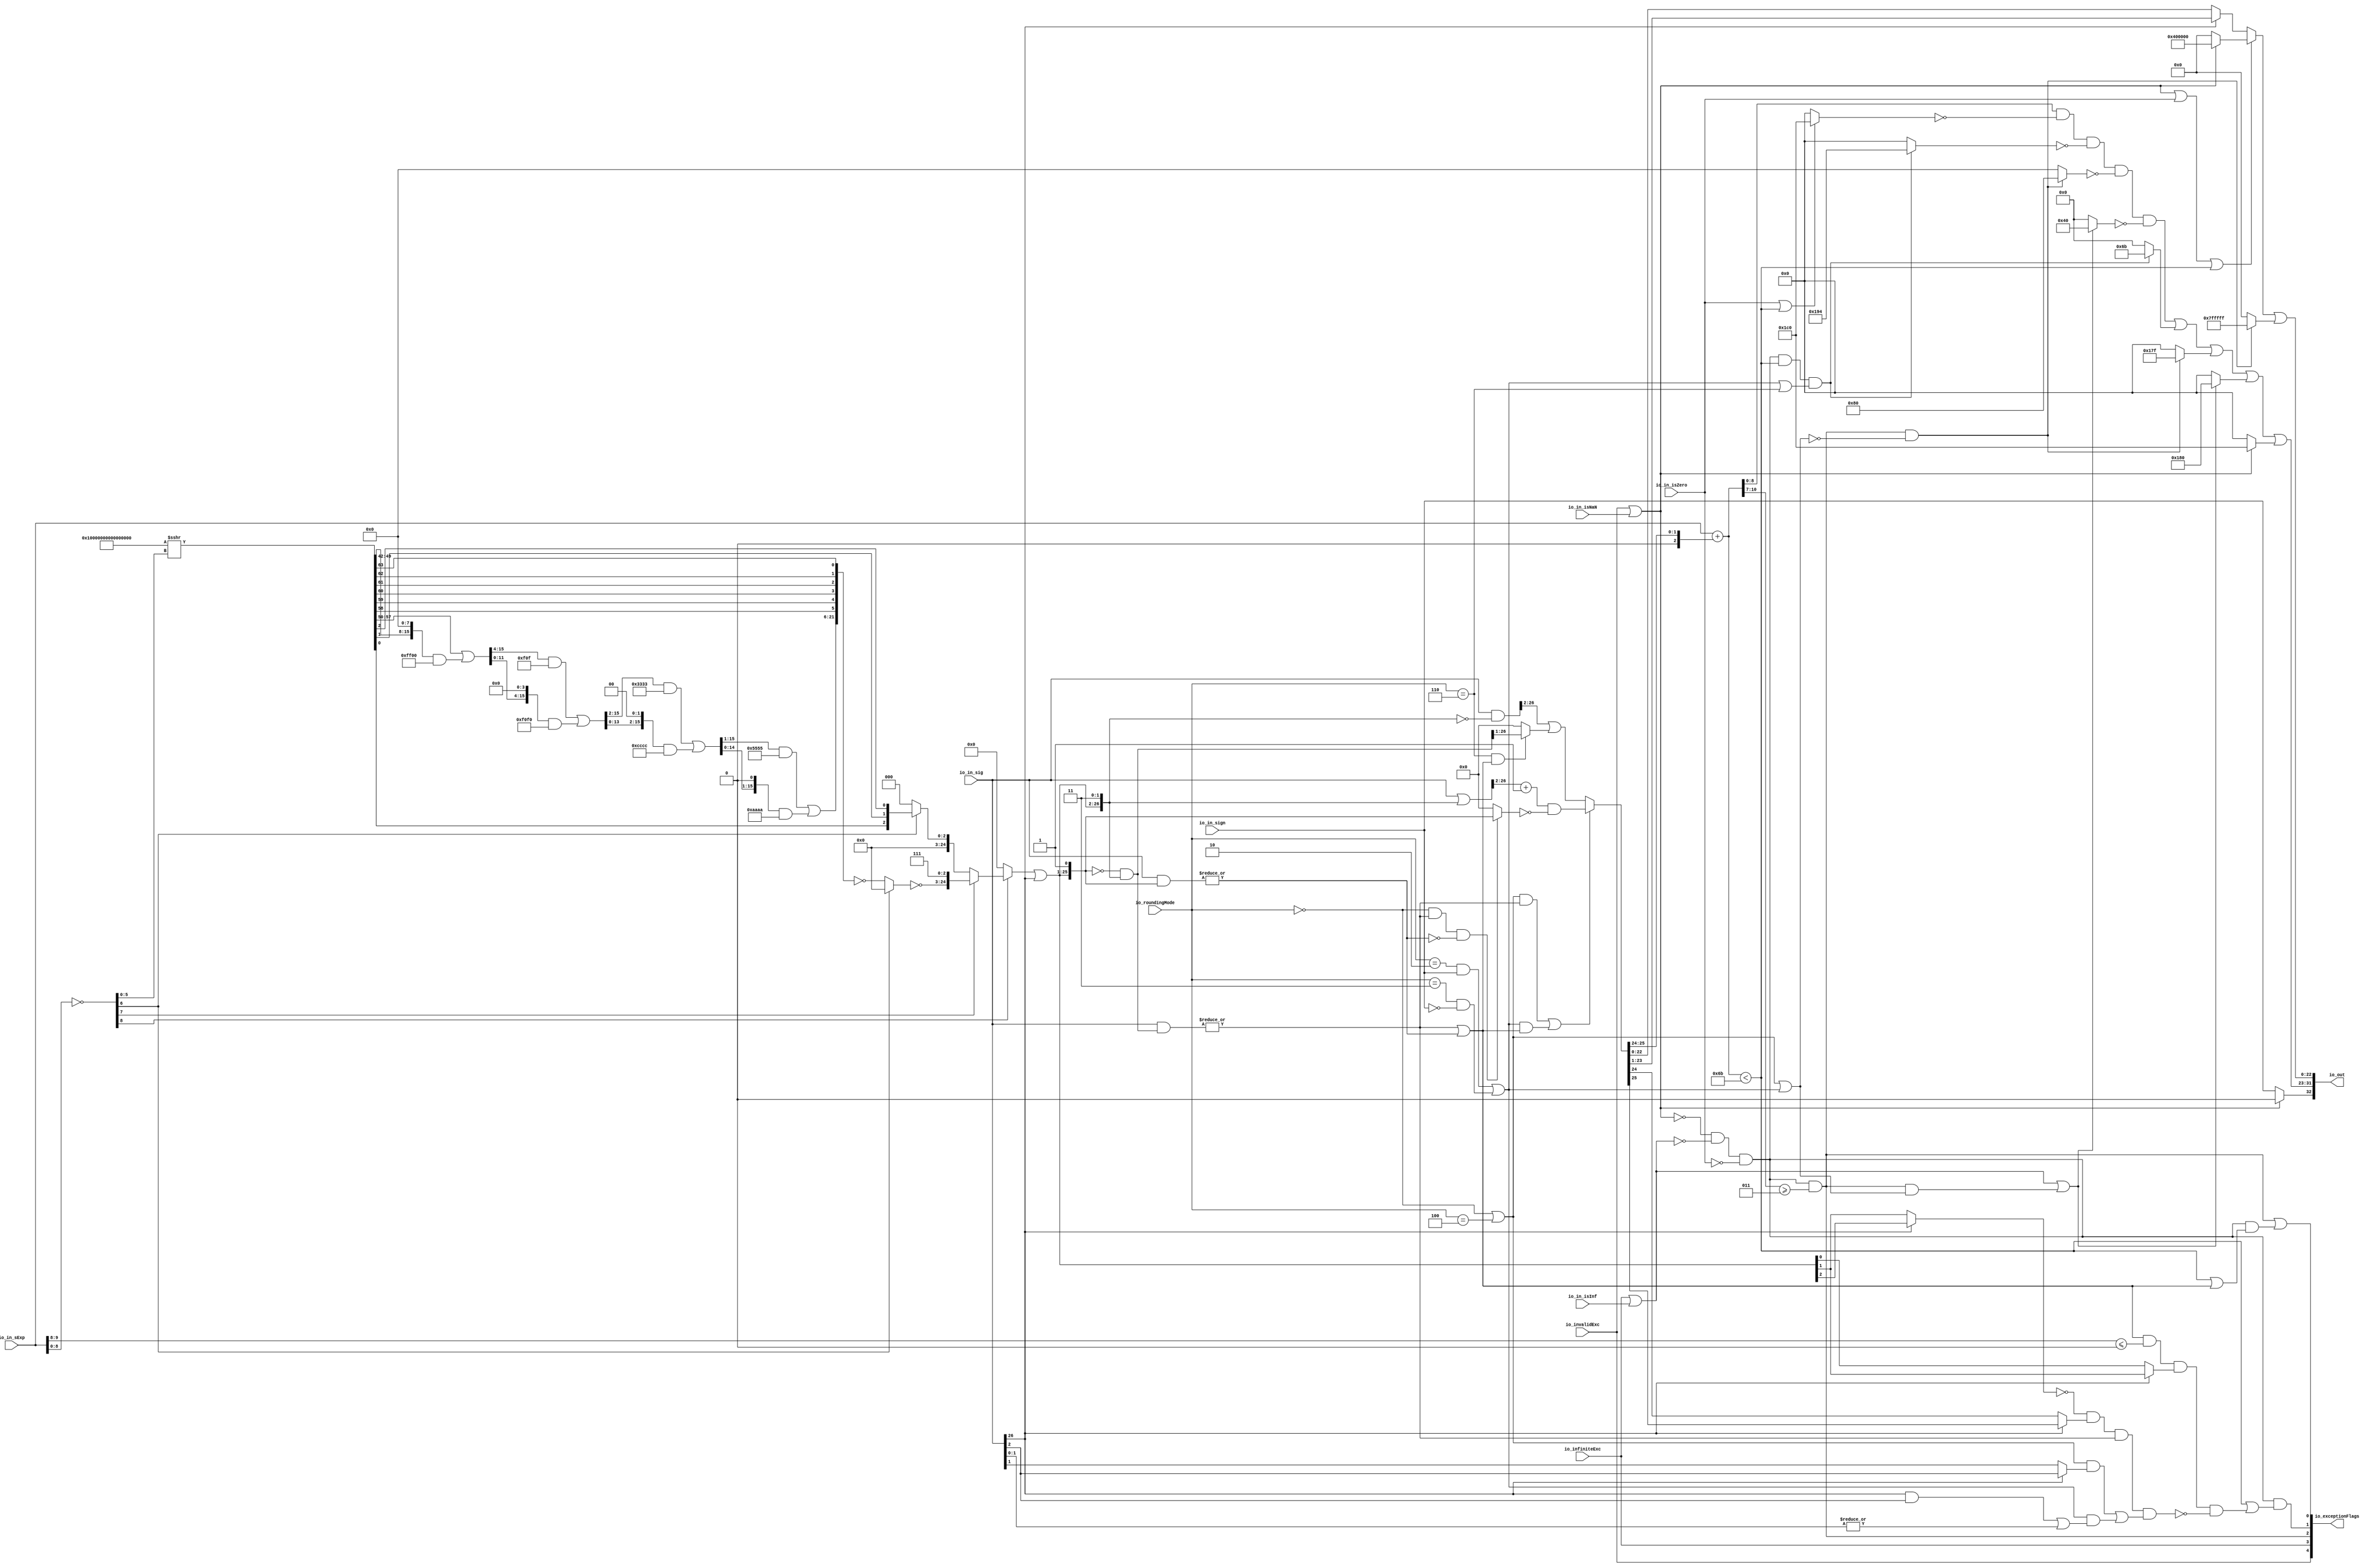
module RoundAnyRawFNToRecFN( // @[:freechips.rocketchip.system.DefaultRV32Config.fir@211287.2]
  input         io_invalidExc, // @[:freechips.rocketchip.system.DefaultRV32Config.fir@211288.4]
  input         io_infiniteExc, // @[:freechips.rocketchip.system.DefaultRV32Config.fir@211288.4]
  input         io_in_isNaN, // @[:freechips.rocketchip.system.DefaultRV32Config.fir@211288.4]
  input         io_in_isInf, // @[:freechips.rocketchip.system.DefaultRV32Config.fir@211288.4]
  input         io_in_isZero, // @[:freechips.rocketchip.system.DefaultRV32Config.fir@211288.4]
  input         io_in_sign, // @[:freechips.rocketchip.system.DefaultRV32Config.fir@211288.4]
  input  [9:0]  io_in_sExp, // @[:freechips.rocketchip.system.DefaultRV32Config.fir@211288.4]
  input  [26:0] io_in_sig, // @[:freechips.rocketchip.system.DefaultRV32Config.fir@211288.4]
  input  [2:0]  io_roundingMode, // @[:freechips.rocketchip.system.DefaultRV32Config.fir@211288.4]
  output [32:0] io_out, // @[:freechips.rocketchip.system.DefaultRV32Config.fir@211288.4]
  output [4:0]  io_exceptionFlags // @[:freechips.rocketchip.system.DefaultRV32Config.fir@211288.4]
);
  wire  roundingMode_near_even; // @[RoundAnyRawFNToRecFN.scala 88:53:freechips.rocketchip.system.DefaultRV32Config.fir@211291.4]
  wire  roundingMode_min; // @[RoundAnyRawFNToRecFN.scala 90:53:freechips.rocketchip.system.DefaultRV32Config.fir@211293.4]
  wire  roundingMode_max; // @[RoundAnyRawFNToRecFN.scala 91:53:freechips.rocketchip.system.DefaultRV32Config.fir@211294.4]
  wire  roundingMode_near_maxMag; // @[RoundAnyRawFNToRecFN.scala 92:53:freechips.rocketchip.system.DefaultRV32Config.fir@211295.4]
  wire  roundingMode_odd; // @[RoundAnyRawFNToRecFN.scala 93:53:freechips.rocketchip.system.DefaultRV32Config.fir@211296.4]
  wire  _T; // @[RoundAnyRawFNToRecFN.scala 96:27:freechips.rocketchip.system.DefaultRV32Config.fir@211297.4]
  wire  _T_1; // @[RoundAnyRawFNToRecFN.scala 96:66:freechips.rocketchip.system.DefaultRV32Config.fir@211298.4]
  wire  _T_2; // @[RoundAnyRawFNToRecFN.scala 96:63:freechips.rocketchip.system.DefaultRV32Config.fir@211299.4]
  wire  roundMagUp; // @[RoundAnyRawFNToRecFN.scala 96:42:freechips.rocketchip.system.DefaultRV32Config.fir@211300.4]
  wire  doShiftSigDown1; // @[RoundAnyRawFNToRecFN.scala 118:61:freechips.rocketchip.system.DefaultRV32Config.fir@211302.4]
  wire [8:0] _T_4; // @[primitives.scala 51:21:freechips.rocketchip.system.DefaultRV32Config.fir@211316.4]
  wire [64:0] _T_11; // @[primitives.scala 77:58:freechips.rocketchip.system.DefaultRV32Config.fir@211323.4]
  wire [15:0] _T_17; // @[Bitwise.scala 103:31:freechips.rocketchip.system.DefaultRV32Config.fir@211329.4]
  wire [15:0] _T_19; // @[Bitwise.scala 103:65:freechips.rocketchip.system.DefaultRV32Config.fir@211331.4]
  wire [15:0] _T_21; // @[Bitwise.scala 103:75:freechips.rocketchip.system.DefaultRV32Config.fir@211333.4]
  wire [15:0] _T_22; // @[Bitwise.scala 103:39:freechips.rocketchip.system.DefaultRV32Config.fir@211334.4]
  wire [15:0] _GEN_0; // @[Bitwise.scala 103:31:freechips.rocketchip.system.DefaultRV32Config.fir@211339.4]
  wire [15:0] _T_27; // @[Bitwise.scala 103:31:freechips.rocketchip.system.DefaultRV32Config.fir@211339.4]
  wire [15:0] _T_29; // @[Bitwise.scala 103:65:freechips.rocketchip.system.DefaultRV32Config.fir@211341.4]
  wire [15:0] _T_31; // @[Bitwise.scala 103:75:freechips.rocketchip.system.DefaultRV32Config.fir@211343.4]
  wire [15:0] _T_32; // @[Bitwise.scala 103:39:freechips.rocketchip.system.DefaultRV32Config.fir@211344.4]
  wire [15:0] _GEN_1; // @[Bitwise.scala 103:31:freechips.rocketchip.system.DefaultRV32Config.fir@211349.4]
  wire [15:0] _T_37; // @[Bitwise.scala 103:31:freechips.rocketchip.system.DefaultRV32Config.fir@211349.4]
  wire [15:0] _T_39; // @[Bitwise.scala 103:65:freechips.rocketchip.system.DefaultRV32Config.fir@211351.4]
  wire [15:0] _T_41; // @[Bitwise.scala 103:75:freechips.rocketchip.system.DefaultRV32Config.fir@211353.4]
  wire [15:0] _T_42; // @[Bitwise.scala 103:39:freechips.rocketchip.system.DefaultRV32Config.fir@211354.4]
  wire [15:0] _GEN_2; // @[Bitwise.scala 103:31:freechips.rocketchip.system.DefaultRV32Config.fir@211359.4]
  wire [15:0] _T_47; // @[Bitwise.scala 103:31:freechips.rocketchip.system.DefaultRV32Config.fir@211359.4]
  wire [15:0] _T_49; // @[Bitwise.scala 103:65:freechips.rocketchip.system.DefaultRV32Config.fir@211361.4]
  wire [15:0] _T_51; // @[Bitwise.scala 103:75:freechips.rocketchip.system.DefaultRV32Config.fir@211363.4]
  wire [15:0] _T_52; // @[Bitwise.scala 103:39:freechips.rocketchip.system.DefaultRV32Config.fir@211364.4]
  wire [21:0] _T_69; // @[Cat.scala 29:58:freechips.rocketchip.system.DefaultRV32Config.fir@211381.4]
  wire [21:0] _T_70; // @[primitives.scala 74:36:freechips.rocketchip.system.DefaultRV32Config.fir@211382.4]
  wire [21:0] _T_71; // @[primitives.scala 74:21:freechips.rocketchip.system.DefaultRV32Config.fir@211383.4]
  wire [21:0] _T_72; // @[primitives.scala 74:17:freechips.rocketchip.system.DefaultRV32Config.fir@211384.4]
  wire [24:0] _T_73; // @[Cat.scala 29:58:freechips.rocketchip.system.DefaultRV32Config.fir@211385.4]
  wire [2:0] _T_83; // @[Cat.scala 29:58:freechips.rocketchip.system.DefaultRV32Config.fir@211395.4]
  wire [2:0] _T_84; // @[primitives.scala 61:24:freechips.rocketchip.system.DefaultRV32Config.fir@211396.4]
  wire [24:0] _T_85; // @[primitives.scala 66:24:freechips.rocketchip.system.DefaultRV32Config.fir@211397.4]
  wire [24:0] _T_86; // @[primitives.scala 61:24:freechips.rocketchip.system.DefaultRV32Config.fir@211398.4]
  wire [24:0] _GEN_3; // @[RoundAnyRawFNToRecFN.scala 157:23:freechips.rocketchip.system.DefaultRV32Config.fir@211399.4]
  wire [24:0] _T_87; // @[RoundAnyRawFNToRecFN.scala 157:23:freechips.rocketchip.system.DefaultRV32Config.fir@211399.4]
  wire [26:0] _T_88; // @[Cat.scala 29:58:freechips.rocketchip.system.DefaultRV32Config.fir@211400.4]
  wire [26:0] _T_90; // @[Cat.scala 29:58:freechips.rocketchip.system.DefaultRV32Config.fir@211402.4]
  wire [26:0] _T_91; // @[RoundAnyRawFNToRecFN.scala 161:28:freechips.rocketchip.system.DefaultRV32Config.fir@211403.4]
  wire [26:0] _T_92; // @[RoundAnyRawFNToRecFN.scala 161:46:freechips.rocketchip.system.DefaultRV32Config.fir@211404.4]
  wire [26:0] _T_93; // @[RoundAnyRawFNToRecFN.scala 162:40:freechips.rocketchip.system.DefaultRV32Config.fir@211405.4]
  wire  _T_94; // @[RoundAnyRawFNToRecFN.scala 162:56:freechips.rocketchip.system.DefaultRV32Config.fir@211406.4]
  wire [26:0] _T_95; // @[RoundAnyRawFNToRecFN.scala 163:42:freechips.rocketchip.system.DefaultRV32Config.fir@211407.4]
  wire  _T_96; // @[RoundAnyRawFNToRecFN.scala 163:62:freechips.rocketchip.system.DefaultRV32Config.fir@211408.4]
  wire  _T_97; // @[RoundAnyRawFNToRecFN.scala 164:36:freechips.rocketchip.system.DefaultRV32Config.fir@211409.4]
  wire  _T_98; // @[RoundAnyRawFNToRecFN.scala 167:38:freechips.rocketchip.system.DefaultRV32Config.fir@211410.4]
  wire  _T_99; // @[RoundAnyRawFNToRecFN.scala 167:67:freechips.rocketchip.system.DefaultRV32Config.fir@211411.4]
  wire  _T_100; // @[RoundAnyRawFNToRecFN.scala 169:29:freechips.rocketchip.system.DefaultRV32Config.fir@211412.4]
  wire  _T_101; // @[RoundAnyRawFNToRecFN.scala 168:31:freechips.rocketchip.system.DefaultRV32Config.fir@211413.4]
  wire [26:0] _T_102; // @[RoundAnyRawFNToRecFN.scala 172:32:freechips.rocketchip.system.DefaultRV32Config.fir@211414.4]
  wire [25:0] _T_104; // @[RoundAnyRawFNToRecFN.scala 172:49:freechips.rocketchip.system.DefaultRV32Config.fir@211416.4]
  wire  _T_105; // @[RoundAnyRawFNToRecFN.scala 173:49:freechips.rocketchip.system.DefaultRV32Config.fir@211417.4]
  wire  _T_106; // @[RoundAnyRawFNToRecFN.scala 174:30:freechips.rocketchip.system.DefaultRV32Config.fir@211418.4]
  wire  _T_107; // @[RoundAnyRawFNToRecFN.scala 173:64:freechips.rocketchip.system.DefaultRV32Config.fir@211419.4]
  wire [25:0] _T_109; // @[RoundAnyRawFNToRecFN.scala 173:25:freechips.rocketchip.system.DefaultRV32Config.fir@211421.4]
  wire [25:0] _T_110; // @[RoundAnyRawFNToRecFN.scala 173:21:freechips.rocketchip.system.DefaultRV32Config.fir@211422.4]
  wire [25:0] _T_111; // @[RoundAnyRawFNToRecFN.scala 172:61:freechips.rocketchip.system.DefaultRV32Config.fir@211423.4]
  wire [26:0] _T_112; // @[RoundAnyRawFNToRecFN.scala 178:32:freechips.rocketchip.system.DefaultRV32Config.fir@211424.4]
  wire [26:0] _T_113; // @[RoundAnyRawFNToRecFN.scala 178:30:freechips.rocketchip.system.DefaultRV32Config.fir@211425.4]
  wire  _T_115; // @[RoundAnyRawFNToRecFN.scala 179:42:freechips.rocketchip.system.DefaultRV32Config.fir@211427.4]
  wire [25:0] _T_117; // @[RoundAnyRawFNToRecFN.scala 179:24:freechips.rocketchip.system.DefaultRV32Config.fir@211429.4]
  wire [25:0] _GEN_4; // @[RoundAnyRawFNToRecFN.scala 178:47:freechips.rocketchip.system.DefaultRV32Config.fir@211430.4]
  wire [25:0] _T_118; // @[RoundAnyRawFNToRecFN.scala 178:47:freechips.rocketchip.system.DefaultRV32Config.fir@211430.4]
  wire [25:0] _T_119; // @[RoundAnyRawFNToRecFN.scala 171:16:freechips.rocketchip.system.DefaultRV32Config.fir@211431.4]
  wire [2:0] _T_121; // @[RoundAnyRawFNToRecFN.scala 183:69:freechips.rocketchip.system.DefaultRV32Config.fir@211433.4]
  wire [9:0] _GEN_5; // @[RoundAnyRawFNToRecFN.scala 183:40:freechips.rocketchip.system.DefaultRV32Config.fir@211434.4]
  wire [10:0] _T_122; // @[RoundAnyRawFNToRecFN.scala 183:40:freechips.rocketchip.system.DefaultRV32Config.fir@211434.4]
  wire [8:0] common_expOut; // @[RoundAnyRawFNToRecFN.scala 185:37:freechips.rocketchip.system.DefaultRV32Config.fir@211435.4]
  wire [22:0] common_fractOut; // @[RoundAnyRawFNToRecFN.scala 187:16:freechips.rocketchip.system.DefaultRV32Config.fir@211439.4]
  wire [3:0] _T_127; // @[RoundAnyRawFNToRecFN.scala 194:30:freechips.rocketchip.system.DefaultRV32Config.fir@211441.4]
  wire  common_overflow; // @[RoundAnyRawFNToRecFN.scala 194:50:freechips.rocketchip.system.DefaultRV32Config.fir@211442.4]
  wire  common_totalUnderflow; // @[RoundAnyRawFNToRecFN.scala 198:31:freechips.rocketchip.system.DefaultRV32Config.fir@211444.4]
  wire  _T_132; // @[RoundAnyRawFNToRecFN.scala 201:16:freechips.rocketchip.system.DefaultRV32Config.fir@211448.4]
  wire  _T_134; // @[RoundAnyRawFNToRecFN.scala 203:30:freechips.rocketchip.system.DefaultRV32Config.fir@211450.4]
  wire  _T_136; // @[RoundAnyRawFNToRecFN.scala 203:70:freechips.rocketchip.system.DefaultRV32Config.fir@211452.4]
  wire  _T_137; // @[RoundAnyRawFNToRecFN.scala 203:49:freechips.rocketchip.system.DefaultRV32Config.fir@211453.4]
  wire  _T_139; // @[RoundAnyRawFNToRecFN.scala 205:67:freechips.rocketchip.system.DefaultRV32Config.fir@211455.4]
  wire  _T_140; // @[RoundAnyRawFNToRecFN.scala 207:29:freechips.rocketchip.system.DefaultRV32Config.fir@211456.4]
  wire  _T_141; // @[RoundAnyRawFNToRecFN.scala 206:46:freechips.rocketchip.system.DefaultRV32Config.fir@211457.4]
  wire  _T_144; // @[RoundAnyRawFNToRecFN.scala 209:16:freechips.rocketchip.system.DefaultRV32Config.fir@211460.4]
  wire [1:0] _T_145; // @[RoundAnyRawFNToRecFN.scala 218:48:freechips.rocketchip.system.DefaultRV32Config.fir@211461.4]
  wire  _T_146; // @[RoundAnyRawFNToRecFN.scala 218:62:freechips.rocketchip.system.DefaultRV32Config.fir@211462.4]
  wire  _T_147; // @[RoundAnyRawFNToRecFN.scala 218:32:freechips.rocketchip.system.DefaultRV32Config.fir@211463.4]
  wire  _T_150; // @[RoundAnyRawFNToRecFN.scala 219:30:freechips.rocketchip.system.DefaultRV32Config.fir@211466.4]
  wire  _T_151; // @[RoundAnyRawFNToRecFN.scala 218:74:freechips.rocketchip.system.DefaultRV32Config.fir@211467.4]
  wire  _T_155; // @[RoundAnyRawFNToRecFN.scala 221:39:freechips.rocketchip.system.DefaultRV32Config.fir@211471.4]
  wire  _T_156; // @[RoundAnyRawFNToRecFN.scala 221:34:freechips.rocketchip.system.DefaultRV32Config.fir@211472.4]
  wire  _T_158; // @[RoundAnyRawFNToRecFN.scala 224:38:freechips.rocketchip.system.DefaultRV32Config.fir@211474.4]
  wire  _T_159; // @[RoundAnyRawFNToRecFN.scala 225:45:freechips.rocketchip.system.DefaultRV32Config.fir@211475.4]
  wire  _T_160; // @[RoundAnyRawFNToRecFN.scala 225:60:freechips.rocketchip.system.DefaultRV32Config.fir@211476.4]
  wire  _T_161; // @[RoundAnyRawFNToRecFN.scala 220:27:freechips.rocketchip.system.DefaultRV32Config.fir@211477.4]
  wire  _T_162; // @[RoundAnyRawFNToRecFN.scala 219:76:freechips.rocketchip.system.DefaultRV32Config.fir@211478.4]
  wire  common_underflow; // @[RoundAnyRawFNToRecFN.scala 215:40:freechips.rocketchip.system.DefaultRV32Config.fir@211479.4]
  wire  common_inexact; // @[RoundAnyRawFNToRecFN.scala 228:49:freechips.rocketchip.system.DefaultRV32Config.fir@211481.4]
  wire  isNaNOut; // @[RoundAnyRawFNToRecFN.scala 233:34:freechips.rocketchip.system.DefaultRV32Config.fir@211483.4]
  wire  notNaN_isSpecialInfOut; // @[RoundAnyRawFNToRecFN.scala 234:49:freechips.rocketchip.system.DefaultRV32Config.fir@211484.4]
  wire  _T_165; // @[RoundAnyRawFNToRecFN.scala 235:22:freechips.rocketchip.system.DefaultRV32Config.fir@211485.4]
  wire  _T_166; // @[RoundAnyRawFNToRecFN.scala 235:36:freechips.rocketchip.system.DefaultRV32Config.fir@211486.4]
  wire  _T_167; // @[RoundAnyRawFNToRecFN.scala 235:33:freechips.rocketchip.system.DefaultRV32Config.fir@211487.4]
  wire  _T_168; // @[RoundAnyRawFNToRecFN.scala 235:64:freechips.rocketchip.system.DefaultRV32Config.fir@211488.4]
  wire  commonCase; // @[RoundAnyRawFNToRecFN.scala 235:61:freechips.rocketchip.system.DefaultRV32Config.fir@211489.4]
  wire  overflow; // @[RoundAnyRawFNToRecFN.scala 236:32:freechips.rocketchip.system.DefaultRV32Config.fir@211490.4]
  wire  underflow; // @[RoundAnyRawFNToRecFN.scala 237:32:freechips.rocketchip.system.DefaultRV32Config.fir@211491.4]
  wire  _T_169; // @[RoundAnyRawFNToRecFN.scala 238:43:freechips.rocketchip.system.DefaultRV32Config.fir@211492.4]
  wire  inexact; // @[RoundAnyRawFNToRecFN.scala 238:28:freechips.rocketchip.system.DefaultRV32Config.fir@211493.4]
  wire  overflow_roundMagUp; // @[RoundAnyRawFNToRecFN.scala 241:60:freechips.rocketchip.system.DefaultRV32Config.fir@211495.4]
  wire  _T_171; // @[RoundAnyRawFNToRecFN.scala 243:20:freechips.rocketchip.system.DefaultRV32Config.fir@211496.4]
  wire  _T_172; // @[RoundAnyRawFNToRecFN.scala 243:60:freechips.rocketchip.system.DefaultRV32Config.fir@211497.4]
  wire  pegMinNonzeroMagOut; // @[RoundAnyRawFNToRecFN.scala 243:45:freechips.rocketchip.system.DefaultRV32Config.fir@211498.4]
  wire  _T_173; // @[RoundAnyRawFNToRecFN.scala 244:42:freechips.rocketchip.system.DefaultRV32Config.fir@211499.4]
  wire  pegMaxFiniteMagOut; // @[RoundAnyRawFNToRecFN.scala 244:39:freechips.rocketchip.system.DefaultRV32Config.fir@211500.4]
  wire  _T_174; // @[RoundAnyRawFNToRecFN.scala 246:45:freechips.rocketchip.system.DefaultRV32Config.fir@211501.4]
  wire  notNaN_isInfOut; // @[RoundAnyRawFNToRecFN.scala 246:32:freechips.rocketchip.system.DefaultRV32Config.fir@211502.4]
  wire  signOut; // @[RoundAnyRawFNToRecFN.scala 248:22:freechips.rocketchip.system.DefaultRV32Config.fir@211503.4]
  wire  _T_175; // @[RoundAnyRawFNToRecFN.scala 251:32:freechips.rocketchip.system.DefaultRV32Config.fir@211504.4]
  wire [8:0] _T_176; // @[RoundAnyRawFNToRecFN.scala 251:18:freechips.rocketchip.system.DefaultRV32Config.fir@211505.4]
  wire [8:0] _T_177; // @[RoundAnyRawFNToRecFN.scala 251:14:freechips.rocketchip.system.DefaultRV32Config.fir@211506.4]
  wire [8:0] _T_178; // @[RoundAnyRawFNToRecFN.scala 250:24:freechips.rocketchip.system.DefaultRV32Config.fir@211507.4]
  wire [8:0] _T_180; // @[RoundAnyRawFNToRecFN.scala 255:18:freechips.rocketchip.system.DefaultRV32Config.fir@211509.4]
  wire [8:0] _T_181; // @[RoundAnyRawFNToRecFN.scala 255:14:freechips.rocketchip.system.DefaultRV32Config.fir@211510.4]
  wire [8:0] _T_182; // @[RoundAnyRawFNToRecFN.scala 254:17:freechips.rocketchip.system.DefaultRV32Config.fir@211511.4]
  wire [8:0] _T_183; // @[RoundAnyRawFNToRecFN.scala 259:18:freechips.rocketchip.system.DefaultRV32Config.fir@211512.4]
  wire [8:0] _T_184; // @[RoundAnyRawFNToRecFN.scala 259:14:freechips.rocketchip.system.DefaultRV32Config.fir@211513.4]
  wire [8:0] _T_185; // @[RoundAnyRawFNToRecFN.scala 258:17:freechips.rocketchip.system.DefaultRV32Config.fir@211514.4]
  wire [8:0] _T_186; // @[RoundAnyRawFNToRecFN.scala 263:18:freechips.rocketchip.system.DefaultRV32Config.fir@211515.4]
  wire [8:0] _T_187; // @[RoundAnyRawFNToRecFN.scala 263:14:freechips.rocketchip.system.DefaultRV32Config.fir@211516.4]
  wire [8:0] _T_188; // @[RoundAnyRawFNToRecFN.scala 262:17:freechips.rocketchip.system.DefaultRV32Config.fir@211517.4]
  wire [8:0] _T_189; // @[RoundAnyRawFNToRecFN.scala 267:16:freechips.rocketchip.system.DefaultRV32Config.fir@211518.4]
  wire [8:0] _T_190; // @[RoundAnyRawFNToRecFN.scala 266:18:freechips.rocketchip.system.DefaultRV32Config.fir@211519.4]
  wire [8:0] _T_191; // @[RoundAnyRawFNToRecFN.scala 271:16:freechips.rocketchip.system.DefaultRV32Config.fir@211520.4]
  wire [8:0] _T_192; // @[RoundAnyRawFNToRecFN.scala 270:15:freechips.rocketchip.system.DefaultRV32Config.fir@211521.4]
  wire [8:0] _T_193; // @[RoundAnyRawFNToRecFN.scala 275:16:freechips.rocketchip.system.DefaultRV32Config.fir@211522.4]
  wire [8:0] _T_194; // @[RoundAnyRawFNToRecFN.scala 274:15:freechips.rocketchip.system.DefaultRV32Config.fir@211523.4]
  wire [8:0] _T_195; // @[RoundAnyRawFNToRecFN.scala 276:16:freechips.rocketchip.system.DefaultRV32Config.fir@211524.4]
  wire [8:0] expOut; // @[RoundAnyRawFNToRecFN.scala 275:77:freechips.rocketchip.system.DefaultRV32Config.fir@211525.4]
  wire  _T_196; // @[RoundAnyRawFNToRecFN.scala 278:22:freechips.rocketchip.system.DefaultRV32Config.fir@211526.4]
  wire  _T_197; // @[RoundAnyRawFNToRecFN.scala 278:38:freechips.rocketchip.system.DefaultRV32Config.fir@211527.4]
  wire [22:0] _T_198; // @[RoundAnyRawFNToRecFN.scala 279:16:freechips.rocketchip.system.DefaultRV32Config.fir@211528.4]
  wire [22:0] _T_199; // @[RoundAnyRawFNToRecFN.scala 278:12:freechips.rocketchip.system.DefaultRV32Config.fir@211529.4]
  wire [22:0] _T_201; // @[Bitwise.scala 72:12:freechips.rocketchip.system.DefaultRV32Config.fir@211531.4]
  wire [22:0] fractOut; // @[RoundAnyRawFNToRecFN.scala 281:11:freechips.rocketchip.system.DefaultRV32Config.fir@211532.4]
  wire [9:0] _T_202; // @[Cat.scala 29:58:freechips.rocketchip.system.DefaultRV32Config.fir@211533.4]
  wire [1:0] _T_204; // @[Cat.scala 29:58:freechips.rocketchip.system.DefaultRV32Config.fir@211536.4]
  wire [2:0] _T_206; // @[Cat.scala 29:58:freechips.rocketchip.system.DefaultRV32Config.fir@211538.4]
  assign roundingMode_near_even = io_roundingMode == 3'h0; // @[RoundAnyRawFNToRecFN.scala 88:53:freechips.rocketchip.system.DefaultRV32Config.fir@211291.4]
  assign roundingMode_min = io_roundingMode == 3'h2; // @[RoundAnyRawFNToRecFN.scala 90:53:freechips.rocketchip.system.DefaultRV32Config.fir@211293.4]
  assign roundingMode_max = io_roundingMode == 3'h3; // @[RoundAnyRawFNToRecFN.scala 91:53:freechips.rocketchip.system.DefaultRV32Config.fir@211294.4]
  assign roundingMode_near_maxMag = io_roundingMode == 3'h4; // @[RoundAnyRawFNToRecFN.scala 92:53:freechips.rocketchip.system.DefaultRV32Config.fir@211295.4]
  assign roundingMode_odd = io_roundingMode == 3'h6; // @[RoundAnyRawFNToRecFN.scala 93:53:freechips.rocketchip.system.DefaultRV32Config.fir@211296.4]
  assign _T = roundingMode_min & io_in_sign; // @[RoundAnyRawFNToRecFN.scala 96:27:freechips.rocketchip.system.DefaultRV32Config.fir@211297.4]
  assign _T_1 = ~io_in_sign; // @[RoundAnyRawFNToRecFN.scala 96:66:freechips.rocketchip.system.DefaultRV32Config.fir@211298.4]
  assign _T_2 = roundingMode_max & _T_1; // @[RoundAnyRawFNToRecFN.scala 96:63:freechips.rocketchip.system.DefaultRV32Config.fir@211299.4]
  assign roundMagUp = _T | _T_2; // @[RoundAnyRawFNToRecFN.scala 96:42:freechips.rocketchip.system.DefaultRV32Config.fir@211300.4]
  assign doShiftSigDown1 = io_in_sig[26]; // @[RoundAnyRawFNToRecFN.scala 118:61:freechips.rocketchip.system.DefaultRV32Config.fir@211302.4]
  assign _T_4 = ~io_in_sExp[8:0]; // @[primitives.scala 51:21:freechips.rocketchip.system.DefaultRV32Config.fir@211316.4]
  assign _T_11 = -65'sh10000000000000000 >>> _T_4[5:0]; // @[primitives.scala 77:58:freechips.rocketchip.system.DefaultRV32Config.fir@211323.4]
  assign _T_17 = {{8'd0}, _T_11[57:50]}; // @[Bitwise.scala 103:31:freechips.rocketchip.system.DefaultRV32Config.fir@211329.4]
  assign _T_19 = {_T_11[49:42], 8'h0}; // @[Bitwise.scala 103:65:freechips.rocketchip.system.DefaultRV32Config.fir@211331.4]
  assign _T_21 = _T_19 & 16'hff00; // @[Bitwise.scala 103:75:freechips.rocketchip.system.DefaultRV32Config.fir@211333.4]
  assign _T_22 = _T_17 | _T_21; // @[Bitwise.scala 103:39:freechips.rocketchip.system.DefaultRV32Config.fir@211334.4]
  assign _GEN_0 = {{4'd0}, _T_22[15:4]}; // @[Bitwise.scala 103:31:freechips.rocketchip.system.DefaultRV32Config.fir@211339.4]
  assign _T_27 = _GEN_0 & 16'hf0f; // @[Bitwise.scala 103:31:freechips.rocketchip.system.DefaultRV32Config.fir@211339.4]
  assign _T_29 = {_T_22[11:0], 4'h0}; // @[Bitwise.scala 103:65:freechips.rocketchip.system.DefaultRV32Config.fir@211341.4]
  assign _T_31 = _T_29 & 16'hf0f0; // @[Bitwise.scala 103:75:freechips.rocketchip.system.DefaultRV32Config.fir@211343.4]
  assign _T_32 = _T_27 | _T_31; // @[Bitwise.scala 103:39:freechips.rocketchip.system.DefaultRV32Config.fir@211344.4]
  assign _GEN_1 = {{2'd0}, _T_32[15:2]}; // @[Bitwise.scala 103:31:freechips.rocketchip.system.DefaultRV32Config.fir@211349.4]
  assign _T_37 = _GEN_1 & 16'h3333; // @[Bitwise.scala 103:31:freechips.rocketchip.system.DefaultRV32Config.fir@211349.4]
  assign _T_39 = {_T_32[13:0], 2'h0}; // @[Bitwise.scala 103:65:freechips.rocketchip.system.DefaultRV32Config.fir@211351.4]
  assign _T_41 = _T_39 & 16'hcccc; // @[Bitwise.scala 103:75:freechips.rocketchip.system.DefaultRV32Config.fir@211353.4]
  assign _T_42 = _T_37 | _T_41; // @[Bitwise.scala 103:39:freechips.rocketchip.system.DefaultRV32Config.fir@211354.4]
  assign _GEN_2 = {{1'd0}, _T_42[15:1]}; // @[Bitwise.scala 103:31:freechips.rocketchip.system.DefaultRV32Config.fir@211359.4]
  assign _T_47 = _GEN_2 & 16'h5555; // @[Bitwise.scala 103:31:freechips.rocketchip.system.DefaultRV32Config.fir@211359.4]
  assign _T_49 = {_T_42[14:0], 1'h0}; // @[Bitwise.scala 103:65:freechips.rocketchip.system.DefaultRV32Config.fir@211361.4]
  assign _T_51 = _T_49 & 16'haaaa; // @[Bitwise.scala 103:75:freechips.rocketchip.system.DefaultRV32Config.fir@211363.4]
  assign _T_52 = _T_47 | _T_51; // @[Bitwise.scala 103:39:freechips.rocketchip.system.DefaultRV32Config.fir@211364.4]
  assign _T_69 = {_T_52,_T_11[58],_T_11[59],_T_11[60],_T_11[61],_T_11[62],_T_11[63]}; // @[Cat.scala 29:58:freechips.rocketchip.system.DefaultRV32Config.fir@211381.4]
  assign _T_70 = ~_T_69; // @[primitives.scala 74:36:freechips.rocketchip.system.DefaultRV32Config.fir@211382.4]
  assign _T_71 = _T_4[6] ? 22'h0 : _T_70; // @[primitives.scala 74:21:freechips.rocketchip.system.DefaultRV32Config.fir@211383.4]
  assign _T_72 = ~_T_71; // @[primitives.scala 74:17:freechips.rocketchip.system.DefaultRV32Config.fir@211384.4]
  assign _T_73 = {_T_72,3'h7}; // @[Cat.scala 29:58:freechips.rocketchip.system.DefaultRV32Config.fir@211385.4]
  assign _T_83 = {_T_11[0],_T_11[1],_T_11[2]}; // @[Cat.scala 29:58:freechips.rocketchip.system.DefaultRV32Config.fir@211395.4]
  assign _T_84 = _T_4[6] ? _T_83 : 3'h0; // @[primitives.scala 61:24:freechips.rocketchip.system.DefaultRV32Config.fir@211396.4]
  assign _T_85 = _T_4[7] ? _T_73 : {{22'd0}, _T_84}; // @[primitives.scala 66:24:freechips.rocketchip.system.DefaultRV32Config.fir@211397.4]
  assign _T_86 = _T_4[8] ? _T_85 : 25'h0; // @[primitives.scala 61:24:freechips.rocketchip.system.DefaultRV32Config.fir@211398.4]
  assign _GEN_3 = {{24'd0}, doShiftSigDown1}; // @[RoundAnyRawFNToRecFN.scala 157:23:freechips.rocketchip.system.DefaultRV32Config.fir@211399.4]
  assign _T_87 = _T_86 | _GEN_3; // @[RoundAnyRawFNToRecFN.scala 157:23:freechips.rocketchip.system.DefaultRV32Config.fir@211399.4]
  assign _T_88 = {_T_87,2'h3}; // @[Cat.scala 29:58:freechips.rocketchip.system.DefaultRV32Config.fir@211400.4]
  assign _T_90 = {1'h0,_T_88[26:1]}; // @[Cat.scala 29:58:freechips.rocketchip.system.DefaultRV32Config.fir@211402.4]
  assign _T_91 = ~_T_90; // @[RoundAnyRawFNToRecFN.scala 161:28:freechips.rocketchip.system.DefaultRV32Config.fir@211403.4]
  assign _T_92 = _T_91 & _T_88; // @[RoundAnyRawFNToRecFN.scala 161:46:freechips.rocketchip.system.DefaultRV32Config.fir@211404.4]
  assign _T_93 = io_in_sig & _T_92; // @[RoundAnyRawFNToRecFN.scala 162:40:freechips.rocketchip.system.DefaultRV32Config.fir@211405.4]
  assign _T_94 = |_T_93; // @[RoundAnyRawFNToRecFN.scala 162:56:freechips.rocketchip.system.DefaultRV32Config.fir@211406.4]
  assign _T_95 = io_in_sig & _T_90; // @[RoundAnyRawFNToRecFN.scala 163:42:freechips.rocketchip.system.DefaultRV32Config.fir@211407.4]
  assign _T_96 = |_T_95; // @[RoundAnyRawFNToRecFN.scala 163:62:freechips.rocketchip.system.DefaultRV32Config.fir@211408.4]
  assign _T_97 = _T_94 | _T_96; // @[RoundAnyRawFNToRecFN.scala 164:36:freechips.rocketchip.system.DefaultRV32Config.fir@211409.4]
  assign _T_98 = roundingMode_near_even | roundingMode_near_maxMag; // @[RoundAnyRawFNToRecFN.scala 167:38:freechips.rocketchip.system.DefaultRV32Config.fir@211410.4]
  assign _T_99 = _T_98 & _T_94; // @[RoundAnyRawFNToRecFN.scala 167:67:freechips.rocketchip.system.DefaultRV32Config.fir@211411.4]
  assign _T_100 = roundMagUp & _T_97; // @[RoundAnyRawFNToRecFN.scala 169:29:freechips.rocketchip.system.DefaultRV32Config.fir@211412.4]
  assign _T_101 = _T_99 | _T_100; // @[RoundAnyRawFNToRecFN.scala 168:31:freechips.rocketchip.system.DefaultRV32Config.fir@211413.4]
  assign _T_102 = io_in_sig | _T_88; // @[RoundAnyRawFNToRecFN.scala 172:32:freechips.rocketchip.system.DefaultRV32Config.fir@211414.4]
  assign _T_104 = _T_102[26:2] + 25'h1; // @[RoundAnyRawFNToRecFN.scala 172:49:freechips.rocketchip.system.DefaultRV32Config.fir@211416.4]
  assign _T_105 = roundingMode_near_even & _T_94; // @[RoundAnyRawFNToRecFN.scala 173:49:freechips.rocketchip.system.DefaultRV32Config.fir@211417.4]
  assign _T_106 = ~_T_96; // @[RoundAnyRawFNToRecFN.scala 174:30:freechips.rocketchip.system.DefaultRV32Config.fir@211418.4]
  assign _T_107 = _T_105 & _T_106; // @[RoundAnyRawFNToRecFN.scala 173:64:freechips.rocketchip.system.DefaultRV32Config.fir@211419.4]
  assign _T_109 = _T_107 ? _T_88[26:1] : 26'h0; // @[RoundAnyRawFNToRecFN.scala 173:25:freechips.rocketchip.system.DefaultRV32Config.fir@211421.4]
  assign _T_110 = ~_T_109; // @[RoundAnyRawFNToRecFN.scala 173:21:freechips.rocketchip.system.DefaultRV32Config.fir@211422.4]
  assign _T_111 = _T_104 & _T_110; // @[RoundAnyRawFNToRecFN.scala 172:61:freechips.rocketchip.system.DefaultRV32Config.fir@211423.4]
  assign _T_112 = ~_T_88; // @[RoundAnyRawFNToRecFN.scala 178:32:freechips.rocketchip.system.DefaultRV32Config.fir@211424.4]
  assign _T_113 = io_in_sig & _T_112; // @[RoundAnyRawFNToRecFN.scala 178:30:freechips.rocketchip.system.DefaultRV32Config.fir@211425.4]
  assign _T_115 = roundingMode_odd & _T_97; // @[RoundAnyRawFNToRecFN.scala 179:42:freechips.rocketchip.system.DefaultRV32Config.fir@211427.4]
  assign _T_117 = _T_115 ? _T_92[26:1] : 26'h0; // @[RoundAnyRawFNToRecFN.scala 179:24:freechips.rocketchip.system.DefaultRV32Config.fir@211429.4]
  assign _GEN_4 = {{1'd0}, _T_113[26:2]}; // @[RoundAnyRawFNToRecFN.scala 178:47:freechips.rocketchip.system.DefaultRV32Config.fir@211430.4]
  assign _T_118 = _GEN_4 | _T_117; // @[RoundAnyRawFNToRecFN.scala 178:47:freechips.rocketchip.system.DefaultRV32Config.fir@211430.4]
  assign _T_119 = _T_101 ? _T_111 : _T_118; // @[RoundAnyRawFNToRecFN.scala 171:16:freechips.rocketchip.system.DefaultRV32Config.fir@211431.4]
  assign _T_121 = {1'b0,$signed(_T_119[25:24])}; // @[RoundAnyRawFNToRecFN.scala 183:69:freechips.rocketchip.system.DefaultRV32Config.fir@211433.4]
  assign _GEN_5 = {{7{_T_121[2]}},_T_121}; // @[RoundAnyRawFNToRecFN.scala 183:40:freechips.rocketchip.system.DefaultRV32Config.fir@211434.4]
  assign _T_122 = $signed(io_in_sExp) + $signed(_GEN_5); // @[RoundAnyRawFNToRecFN.scala 183:40:freechips.rocketchip.system.DefaultRV32Config.fir@211434.4]
  assign common_expOut = _T_122[8:0]; // @[RoundAnyRawFNToRecFN.scala 185:37:freechips.rocketchip.system.DefaultRV32Config.fir@211435.4]
  assign common_fractOut = doShiftSigDown1 ? _T_119[23:1] : _T_119[22:0]; // @[RoundAnyRawFNToRecFN.scala 187:16:freechips.rocketchip.system.DefaultRV32Config.fir@211439.4]
  assign _T_127 = _T_122[10:7]; // @[RoundAnyRawFNToRecFN.scala 194:30:freechips.rocketchip.system.DefaultRV32Config.fir@211441.4]
  assign common_overflow = $signed(_T_127) >= 4'sh3; // @[RoundAnyRawFNToRecFN.scala 194:50:freechips.rocketchip.system.DefaultRV32Config.fir@211442.4]
  assign common_totalUnderflow = $signed(_T_122) < 11'sh6b; // @[RoundAnyRawFNToRecFN.scala 198:31:freechips.rocketchip.system.DefaultRV32Config.fir@211444.4]
  assign _T_132 = doShiftSigDown1 ? io_in_sig[2] : io_in_sig[1]; // @[RoundAnyRawFNToRecFN.scala 201:16:freechips.rocketchip.system.DefaultRV32Config.fir@211448.4]
  assign _T_134 = doShiftSigDown1 & io_in_sig[2]; // @[RoundAnyRawFNToRecFN.scala 203:30:freechips.rocketchip.system.DefaultRV32Config.fir@211450.4]
  assign _T_136 = |io_in_sig[1:0]; // @[RoundAnyRawFNToRecFN.scala 203:70:freechips.rocketchip.system.DefaultRV32Config.fir@211452.4]
  assign _T_137 = _T_134 | _T_136; // @[RoundAnyRawFNToRecFN.scala 203:49:freechips.rocketchip.system.DefaultRV32Config.fir@211453.4]
  assign _T_139 = _T_98 & _T_132; // @[RoundAnyRawFNToRecFN.scala 205:67:freechips.rocketchip.system.DefaultRV32Config.fir@211455.4]
  assign _T_140 = roundMagUp & _T_137; // @[RoundAnyRawFNToRecFN.scala 207:29:freechips.rocketchip.system.DefaultRV32Config.fir@211456.4]
  assign _T_141 = _T_139 | _T_140; // @[RoundAnyRawFNToRecFN.scala 206:46:freechips.rocketchip.system.DefaultRV32Config.fir@211457.4]
  assign _T_144 = doShiftSigDown1 ? _T_119[25] : _T_119[24]; // @[RoundAnyRawFNToRecFN.scala 209:16:freechips.rocketchip.system.DefaultRV32Config.fir@211460.4]
  assign _T_145 = io_in_sExp[9:8]; // @[RoundAnyRawFNToRecFN.scala 218:48:freechips.rocketchip.system.DefaultRV32Config.fir@211461.4]
  assign _T_146 = $signed(_T_145) <= 2'sh0; // @[RoundAnyRawFNToRecFN.scala 218:62:freechips.rocketchip.system.DefaultRV32Config.fir@211462.4]
  assign _T_147 = _T_97 & _T_146; // @[RoundAnyRawFNToRecFN.scala 218:32:freechips.rocketchip.system.DefaultRV32Config.fir@211463.4]
  assign _T_150 = doShiftSigDown1 ? _T_88[3] : _T_88[2]; // @[RoundAnyRawFNToRecFN.scala 219:30:freechips.rocketchip.system.DefaultRV32Config.fir@211466.4]
  assign _T_151 = _T_147 & _T_150; // @[RoundAnyRawFNToRecFN.scala 218:74:freechips.rocketchip.system.DefaultRV32Config.fir@211467.4]
  assign _T_155 = doShiftSigDown1 ? _T_88[4] : _T_88[3]; // @[RoundAnyRawFNToRecFN.scala 221:39:freechips.rocketchip.system.DefaultRV32Config.fir@211471.4]
  assign _T_156 = ~_T_155; // @[RoundAnyRawFNToRecFN.scala 221:34:freechips.rocketchip.system.DefaultRV32Config.fir@211472.4]
  assign _T_158 = _T_156 & _T_144; // @[RoundAnyRawFNToRecFN.scala 224:38:freechips.rocketchip.system.DefaultRV32Config.fir@211474.4]
  assign _T_159 = _T_158 & _T_94; // @[RoundAnyRawFNToRecFN.scala 225:45:freechips.rocketchip.system.DefaultRV32Config.fir@211475.4]
  assign _T_160 = _T_159 & _T_141; // @[RoundAnyRawFNToRecFN.scala 225:60:freechips.rocketchip.system.DefaultRV32Config.fir@211476.4]
  assign _T_161 = ~_T_160; // @[RoundAnyRawFNToRecFN.scala 220:27:freechips.rocketchip.system.DefaultRV32Config.fir@211477.4]
  assign _T_162 = _T_151 & _T_161; // @[RoundAnyRawFNToRecFN.scala 219:76:freechips.rocketchip.system.DefaultRV32Config.fir@211478.4]
  assign common_underflow = common_totalUnderflow | _T_162; // @[RoundAnyRawFNToRecFN.scala 215:40:freechips.rocketchip.system.DefaultRV32Config.fir@211479.4]
  assign common_inexact = common_totalUnderflow | _T_97; // @[RoundAnyRawFNToRecFN.scala 228:49:freechips.rocketchip.system.DefaultRV32Config.fir@211481.4]
  assign isNaNOut = io_invalidExc | io_in_isNaN; // @[RoundAnyRawFNToRecFN.scala 233:34:freechips.rocketchip.system.DefaultRV32Config.fir@211483.4]
  assign notNaN_isSpecialInfOut = io_infiniteExc | io_in_isInf; // @[RoundAnyRawFNToRecFN.scala 234:49:freechips.rocketchip.system.DefaultRV32Config.fir@211484.4]
  assign _T_165 = ~isNaNOut; // @[RoundAnyRawFNToRecFN.scala 235:22:freechips.rocketchip.system.DefaultRV32Config.fir@211485.4]
  assign _T_166 = ~notNaN_isSpecialInfOut; // @[RoundAnyRawFNToRecFN.scala 235:36:freechips.rocketchip.system.DefaultRV32Config.fir@211486.4]
  assign _T_167 = _T_165 & _T_166; // @[RoundAnyRawFNToRecFN.scala 235:33:freechips.rocketchip.system.DefaultRV32Config.fir@211487.4]
  assign _T_168 = ~io_in_isZero; // @[RoundAnyRawFNToRecFN.scala 235:64:freechips.rocketchip.system.DefaultRV32Config.fir@211488.4]
  assign commonCase = _T_167 & _T_168; // @[RoundAnyRawFNToRecFN.scala 235:61:freechips.rocketchip.system.DefaultRV32Config.fir@211489.4]
  assign overflow = commonCase & common_overflow; // @[RoundAnyRawFNToRecFN.scala 236:32:freechips.rocketchip.system.DefaultRV32Config.fir@211490.4]
  assign underflow = commonCase & common_underflow; // @[RoundAnyRawFNToRecFN.scala 237:32:freechips.rocketchip.system.DefaultRV32Config.fir@211491.4]
  assign _T_169 = commonCase & common_inexact; // @[RoundAnyRawFNToRecFN.scala 238:43:freechips.rocketchip.system.DefaultRV32Config.fir@211492.4]
  assign inexact = overflow | _T_169; // @[RoundAnyRawFNToRecFN.scala 238:28:freechips.rocketchip.system.DefaultRV32Config.fir@211493.4]
  assign overflow_roundMagUp = _T_98 | roundMagUp; // @[RoundAnyRawFNToRecFN.scala 241:60:freechips.rocketchip.system.DefaultRV32Config.fir@211495.4]
  assign _T_171 = commonCase & common_totalUnderflow; // @[RoundAnyRawFNToRecFN.scala 243:20:freechips.rocketchip.system.DefaultRV32Config.fir@211496.4]
  assign _T_172 = roundMagUp | roundingMode_odd; // @[RoundAnyRawFNToRecFN.scala 243:60:freechips.rocketchip.system.DefaultRV32Config.fir@211497.4]
  assign pegMinNonzeroMagOut = _T_171 & _T_172; // @[RoundAnyRawFNToRecFN.scala 243:45:freechips.rocketchip.system.DefaultRV32Config.fir@211498.4]
  assign _T_173 = ~overflow_roundMagUp; // @[RoundAnyRawFNToRecFN.scala 244:42:freechips.rocketchip.system.DefaultRV32Config.fir@211499.4]
  assign pegMaxFiniteMagOut = overflow & _T_173; // @[RoundAnyRawFNToRecFN.scala 244:39:freechips.rocketchip.system.DefaultRV32Config.fir@211500.4]
  assign _T_174 = overflow & overflow_roundMagUp; // @[RoundAnyRawFNToRecFN.scala 246:45:freechips.rocketchip.system.DefaultRV32Config.fir@211501.4]
  assign notNaN_isInfOut = notNaN_isSpecialInfOut | _T_174; // @[RoundAnyRawFNToRecFN.scala 246:32:freechips.rocketchip.system.DefaultRV32Config.fir@211502.4]
  assign signOut = isNaNOut ? 1'h0 : io_in_sign; // @[RoundAnyRawFNToRecFN.scala 248:22:freechips.rocketchip.system.DefaultRV32Config.fir@211503.4]
  assign _T_175 = io_in_isZero | common_totalUnderflow; // @[RoundAnyRawFNToRecFN.scala 251:32:freechips.rocketchip.system.DefaultRV32Config.fir@211504.4]
  assign _T_176 = _T_175 ? 9'h1c0 : 9'h0; // @[RoundAnyRawFNToRecFN.scala 251:18:freechips.rocketchip.system.DefaultRV32Config.fir@211505.4]
  assign _T_177 = ~_T_176; // @[RoundAnyRawFNToRecFN.scala 251:14:freechips.rocketchip.system.DefaultRV32Config.fir@211506.4]
  assign _T_178 = common_expOut & _T_177; // @[RoundAnyRawFNToRecFN.scala 250:24:freechips.rocketchip.system.DefaultRV32Config.fir@211507.4]
  assign _T_180 = pegMinNonzeroMagOut ? 9'h194 : 9'h0; // @[RoundAnyRawFNToRecFN.scala 255:18:freechips.rocketchip.system.DefaultRV32Config.fir@211509.4]
  assign _T_181 = ~_T_180; // @[RoundAnyRawFNToRecFN.scala 255:14:freechips.rocketchip.system.DefaultRV32Config.fir@211510.4]
  assign _T_182 = _T_178 & _T_181; // @[RoundAnyRawFNToRecFN.scala 254:17:freechips.rocketchip.system.DefaultRV32Config.fir@211511.4]
  assign _T_183 = pegMaxFiniteMagOut ? 9'h80 : 9'h0; // @[RoundAnyRawFNToRecFN.scala 259:18:freechips.rocketchip.system.DefaultRV32Config.fir@211512.4]
  assign _T_184 = ~_T_183; // @[RoundAnyRawFNToRecFN.scala 259:14:freechips.rocketchip.system.DefaultRV32Config.fir@211513.4]
  assign _T_185 = _T_182 & _T_184; // @[RoundAnyRawFNToRecFN.scala 258:17:freechips.rocketchip.system.DefaultRV32Config.fir@211514.4]
  assign _T_186 = notNaN_isInfOut ? 9'h40 : 9'h0; // @[RoundAnyRawFNToRecFN.scala 263:18:freechips.rocketchip.system.DefaultRV32Config.fir@211515.4]
  assign _T_187 = ~_T_186; // @[RoundAnyRawFNToRecFN.scala 263:14:freechips.rocketchip.system.DefaultRV32Config.fir@211516.4]
  assign _T_188 = _T_185 & _T_187; // @[RoundAnyRawFNToRecFN.scala 262:17:freechips.rocketchip.system.DefaultRV32Config.fir@211517.4]
  assign _T_189 = pegMinNonzeroMagOut ? 9'h6b : 9'h0; // @[RoundAnyRawFNToRecFN.scala 267:16:freechips.rocketchip.system.DefaultRV32Config.fir@211518.4]
  assign _T_190 = _T_188 | _T_189; // @[RoundAnyRawFNToRecFN.scala 266:18:freechips.rocketchip.system.DefaultRV32Config.fir@211519.4]
  assign _T_191 = pegMaxFiniteMagOut ? 9'h17f : 9'h0; // @[RoundAnyRawFNToRecFN.scala 271:16:freechips.rocketchip.system.DefaultRV32Config.fir@211520.4]
  assign _T_192 = _T_190 | _T_191; // @[RoundAnyRawFNToRecFN.scala 270:15:freechips.rocketchip.system.DefaultRV32Config.fir@211521.4]
  assign _T_193 = notNaN_isInfOut ? 9'h180 : 9'h0; // @[RoundAnyRawFNToRecFN.scala 275:16:freechips.rocketchip.system.DefaultRV32Config.fir@211522.4]
  assign _T_194 = _T_192 | _T_193; // @[RoundAnyRawFNToRecFN.scala 274:15:freechips.rocketchip.system.DefaultRV32Config.fir@211523.4]
  assign _T_195 = isNaNOut ? 9'h1c0 : 9'h0; // @[RoundAnyRawFNToRecFN.scala 276:16:freechips.rocketchip.system.DefaultRV32Config.fir@211524.4]
  assign expOut = _T_194 | _T_195; // @[RoundAnyRawFNToRecFN.scala 275:77:freechips.rocketchip.system.DefaultRV32Config.fir@211525.4]
  assign _T_196 = isNaNOut | io_in_isZero; // @[RoundAnyRawFNToRecFN.scala 278:22:freechips.rocketchip.system.DefaultRV32Config.fir@211526.4]
  assign _T_197 = _T_196 | common_totalUnderflow; // @[RoundAnyRawFNToRecFN.scala 278:38:freechips.rocketchip.system.DefaultRV32Config.fir@211527.4]
  assign _T_198 = isNaNOut ? 23'h400000 : 23'h0; // @[RoundAnyRawFNToRecFN.scala 279:16:freechips.rocketchip.system.DefaultRV32Config.fir@211528.4]
  assign _T_199 = _T_197 ? _T_198 : common_fractOut; // @[RoundAnyRawFNToRecFN.scala 278:12:freechips.rocketchip.system.DefaultRV32Config.fir@211529.4]
  assign _T_201 = pegMaxFiniteMagOut ? 23'h7fffff : 23'h0; // @[Bitwise.scala 72:12:freechips.rocketchip.system.DefaultRV32Config.fir@211531.4]
  assign fractOut = _T_199 | _T_201; // @[RoundAnyRawFNToRecFN.scala 281:11:freechips.rocketchip.system.DefaultRV32Config.fir@211532.4]
  assign _T_202 = {signOut,expOut}; // @[Cat.scala 29:58:freechips.rocketchip.system.DefaultRV32Config.fir@211533.4]
  assign _T_204 = {underflow,inexact}; // @[Cat.scala 29:58:freechips.rocketchip.system.DefaultRV32Config.fir@211536.4]
  assign _T_206 = {io_invalidExc,io_infiniteExc,overflow}; // @[Cat.scala 29:58:freechips.rocketchip.system.DefaultRV32Config.fir@211538.4]
  assign io_out = {_T_202,fractOut}; // @[RoundAnyRawFNToRecFN.scala 284:12:freechips.rocketchip.system.DefaultRV32Config.fir@211535.4]
  assign io_exceptionFlags = {_T_206,_T_204}; // @[RoundAnyRawFNToRecFN.scala 285:23:freechips.rocketchip.system.DefaultRV32Config.fir@211540.4]
endmodule